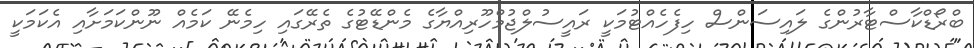
ބްރޯޑްކާސްޓާރުންގެ ލައިސަންސް ހިފެހެއްޓުމަކީ ރައީސުލްޖުމްހޫރިއްޔާގެ މެންޑޭޓުގެ ތެރޭގައި ހިމެނޭ ކަމެއް ނޫންކަމަށާއި އެކަމަކީ